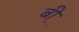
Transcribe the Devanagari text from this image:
बी़